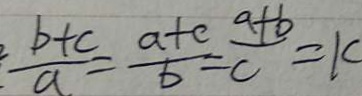
\frac { b + c } { a } = \frac { a + c } { b } = \frac { a + b } { c } = k